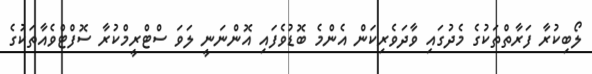
ލޯބިކުރާ ފަރާތްތަކުގެ މެދުގައި ވާދަވެރިކަން އެންމެ ބޮޑުވެފައި އޮންނަނީ ލަވަ ސްޓްރީމްކުރާ ސޮފްޓްވެއާތަކުގެ